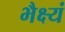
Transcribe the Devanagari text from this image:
भैक्ष्यं